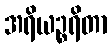
အရိယဉ္စရိတာ